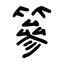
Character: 篸